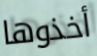
أخذوها